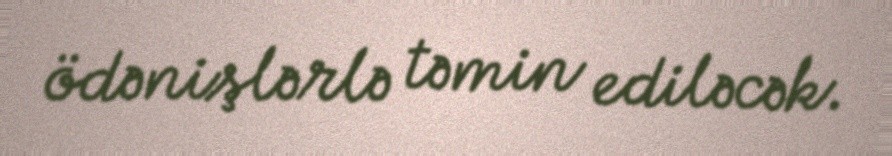
ödənişlərlə təmin ediləcək.